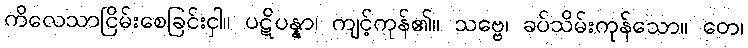
ကိလေသာငြိမ်းစေခြင်းငှါ။ ပဋိပန္နာ၊ ကျင့်ကုန်၏။ သဗ္ဗေ၊ ခပ်သိမ်းကုန်သော။ တေ၊